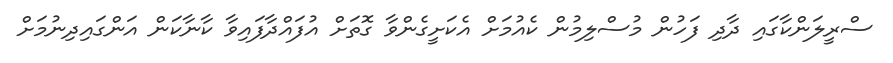
ސްރީލަންކާގައި ދާދި ފަހުން މުސްލިމުން ކެއުމަށް އެކަށީގެންވާ ގޮތަށް އުފައްދާފައިވާ ކާނާކަން އަންގައިދިނުމަށް